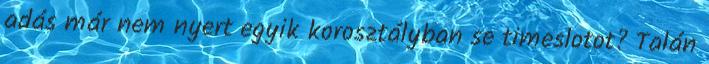
adás már nem nyert egyik korosztályban se timeslotot? Talán